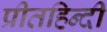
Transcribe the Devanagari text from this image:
प्रीतहिन्दी